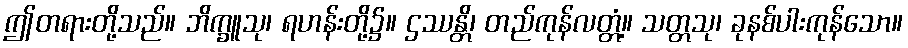
ဤတရားတို့သည်။ ဘိက္ခူသု၊ ရဟန်းတို့၌။ ဌဿန္တိ၊ တည်ကုန်လတ္တံ့။ သတ္တသု၊ ခုနစ်ပါးကုန်သော။